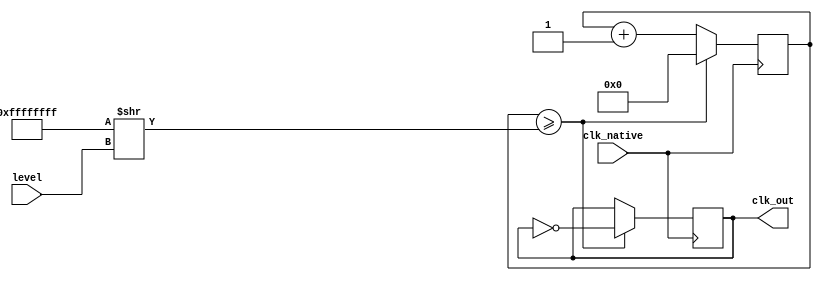
`timescale 1ns / 1ps
//////////////////////////////////////////////////////////////////////////////////
// Company: 
// Engineer: 
// 
// Design Name: 
// Module Name: var_f_divider
// Project Name: 
// Target Devices: 
// Tool Versions: 
// Description: 
// 
// Dependencies: 
// 
// Revision:
// Revision 0.01 - File Created
// Additional Comments:
// 
//////////////////////////////////////////////////////////////////////////////////


module var_f_divider(
    input clk_native,
    input [4:0] level,
    output reg clk_out = 1
    );
    wire[31:0] d;
    reg [31:0] cnt;

    assign d  = 32'hFFFF_FFFF >> level;
    initial begin
        cnt = 0;
        clk_out = 1;
    end
    always @(posedge clk_native) begin
        if(cnt >= d) begin
            clk_out <= ~clk_out;
            cnt <= 0;
        end else begin
            cnt <= cnt + 1;
        end
    end
endmodule